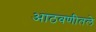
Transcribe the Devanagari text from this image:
आठवणीतले